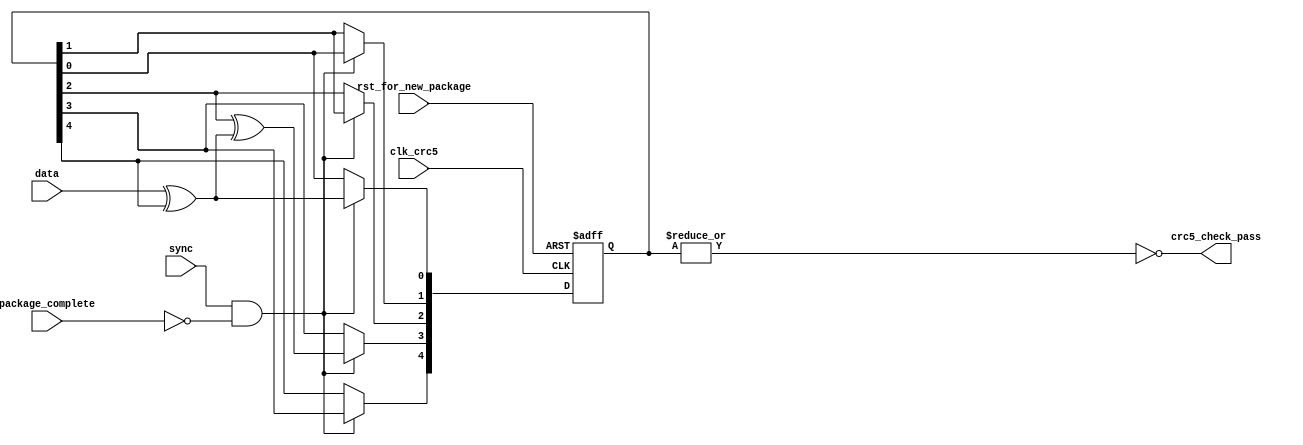
module crc5
(
output crc5_check_pass,
input clk_crc5,
input rst_for_new_package,
input data,
input sync,
input package_complete
);


reg [4:0]reg_crc;


assign crc5_check_pass = ~(|reg_crc);


always@(posedge clk_crc5 or negedge rst_for_new_package) begin
	if(~rst_for_new_package) reg_crc <= 5'b01001;
	else if(sync & ~package_complete) begin
		reg_crc[4] <= reg_crc[3];
		reg_crc[3] <= reg_crc[2] ^ (data ^ reg_crc[4]);
		reg_crc[2] <= reg_crc[1];
		reg_crc[1] <= reg_crc[0];
		reg_crc[0] <= data ^ reg_crc[4];
	end
end


endmodule